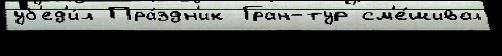
уб'ед'и́л Пра́здн'ик Гран-тур см'е́шивал